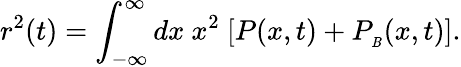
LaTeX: r^{2}(t)=\int_{-\infty}^{\infty}dx\ x^{2}\ [P(x,t)+P_{_\mathit{B}}(x,t)].